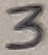
Text: 3